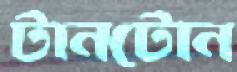
টানটোন